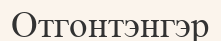
Отгонтэнгэр